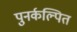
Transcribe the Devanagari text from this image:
पुनर्कल्पित